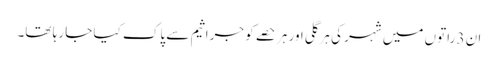
ان 3 راتوں میں شہر کی ہر گلی اور ہر حصے کو جراثیم سے پاک کیا جا رہا تھا۔